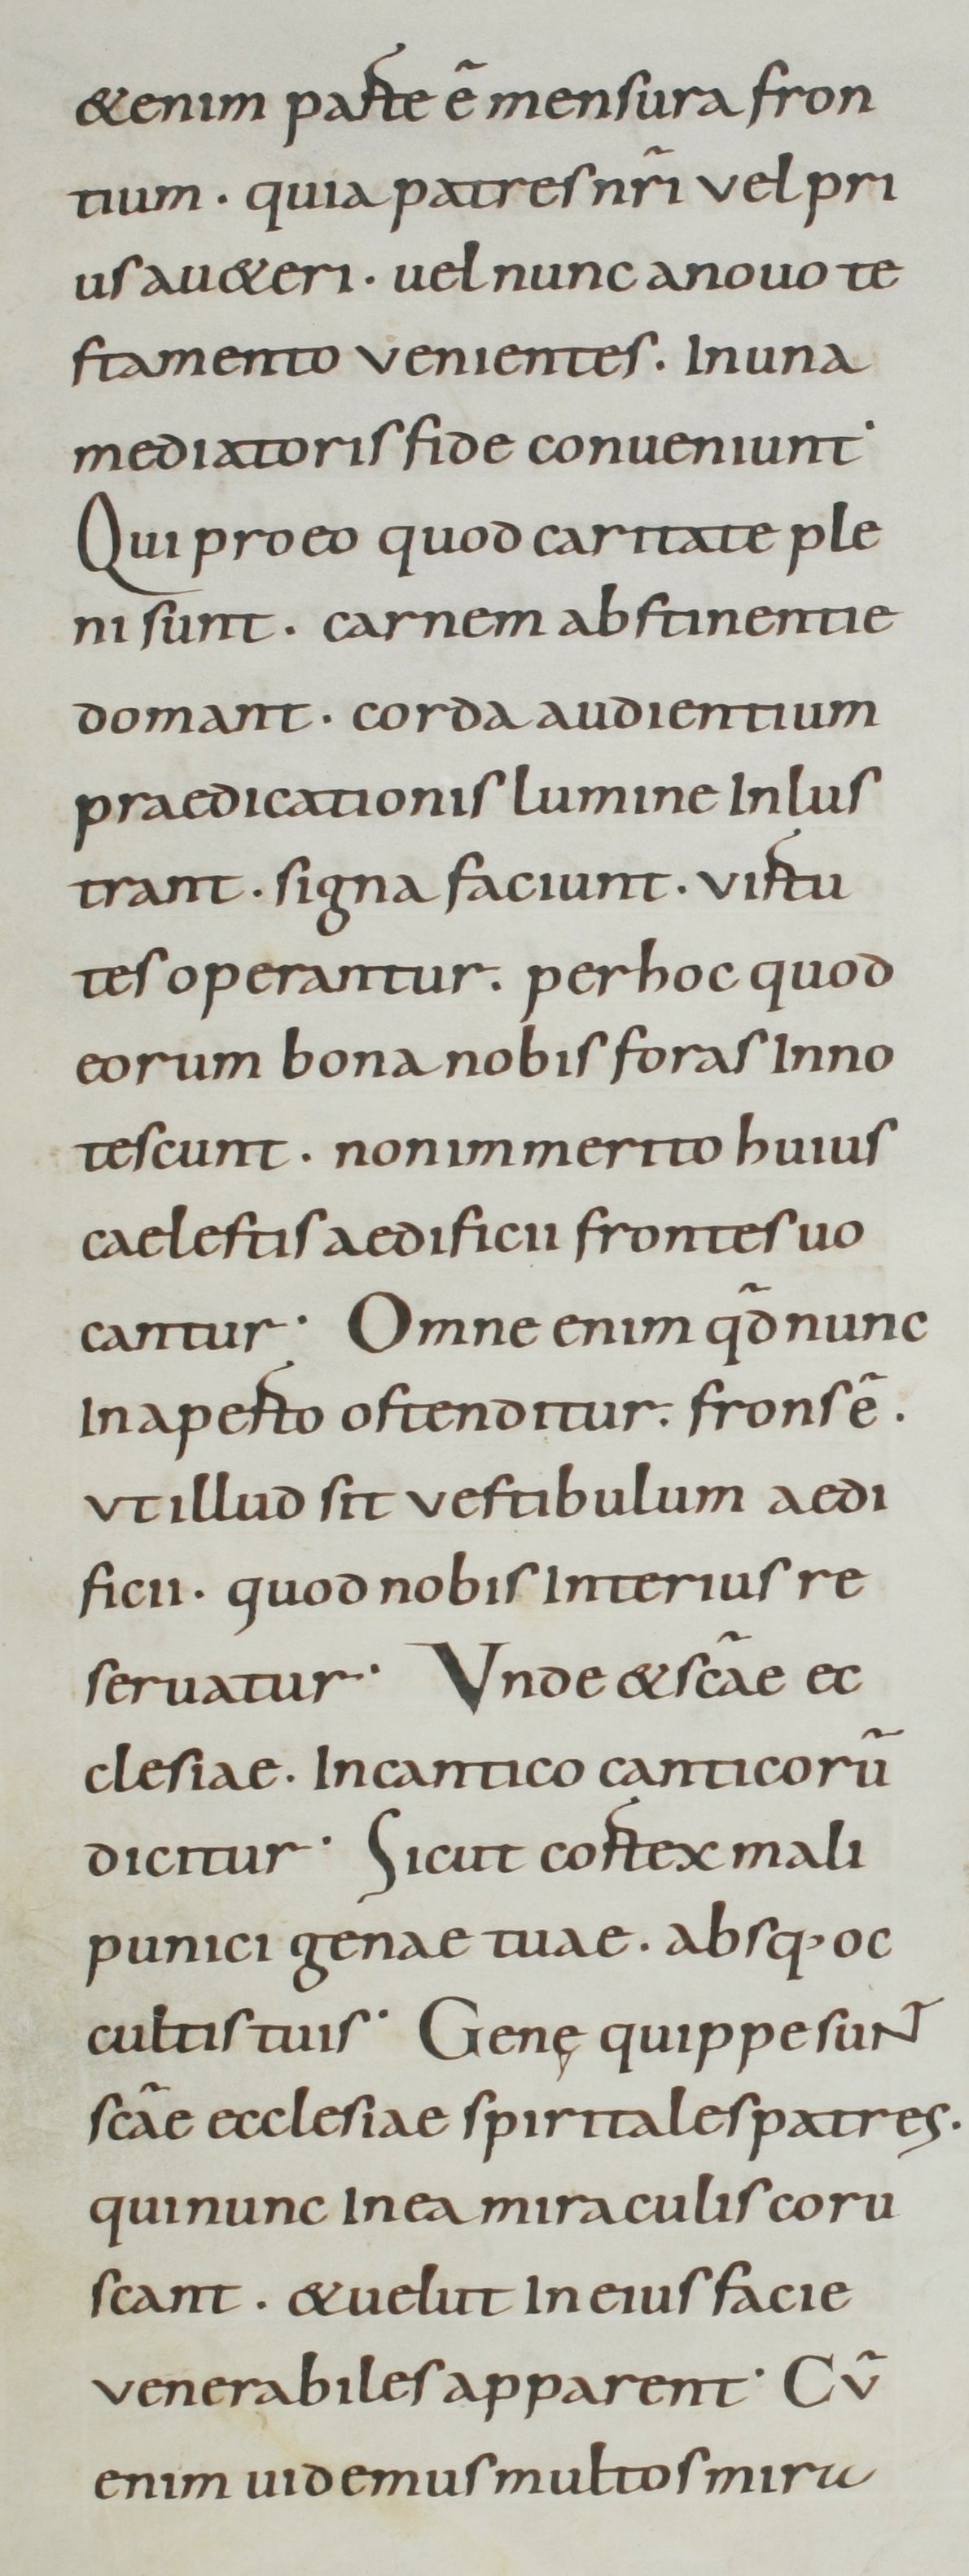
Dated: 800–899